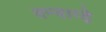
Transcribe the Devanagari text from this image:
वन्वाग्ड़े